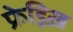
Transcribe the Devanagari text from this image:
फ्रेड्रिख़